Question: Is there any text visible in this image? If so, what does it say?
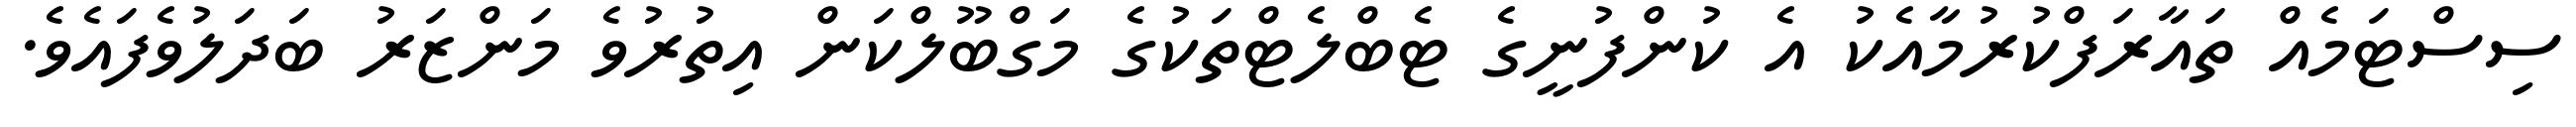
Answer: ސިސްޓަމެއް ތައާރަފްކުރުމާއެކު އެ ކުންފުނީގެ ޓެބްލެޓްތަކުގެ މަގްބޫލްކަން އިތުރުވެ މަންޒަރު ބަދަލުވެފައެވެ.